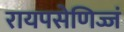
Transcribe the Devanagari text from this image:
रायपसेणिज्जं